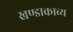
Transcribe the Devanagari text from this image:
खण्डाकाव्य